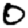
Digit: 0